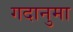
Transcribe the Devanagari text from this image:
गदानुमा